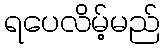
ရပေလိမ့်မည်